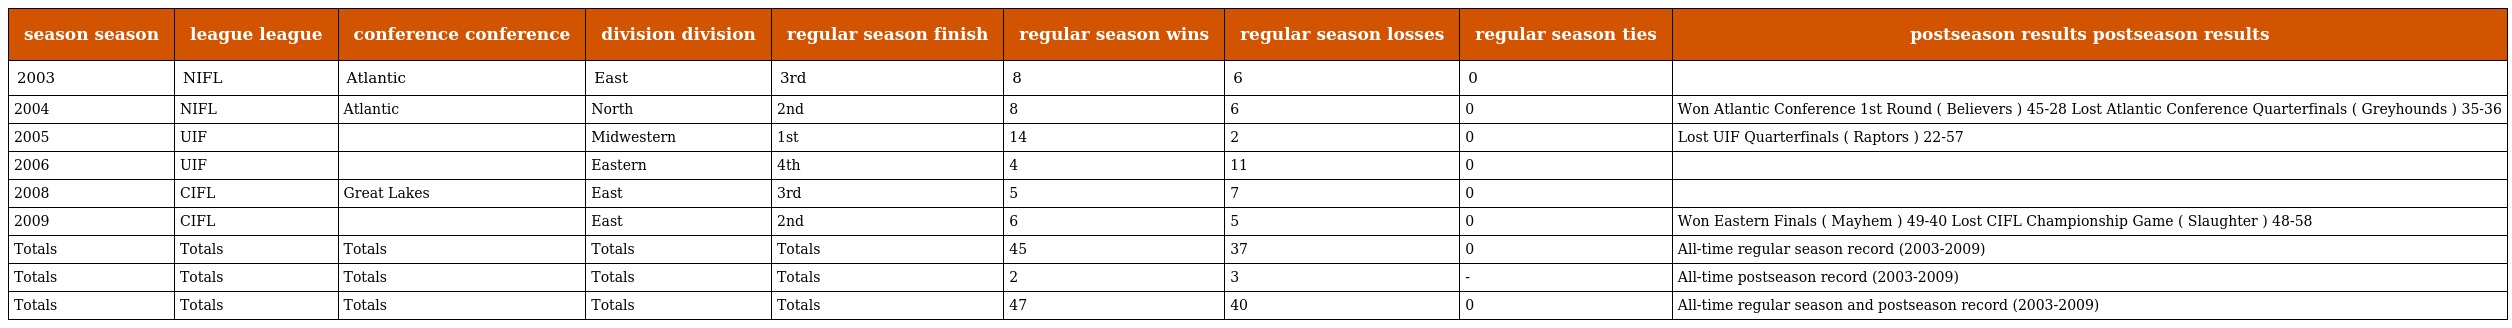
| season season | league league | conference conference | division division | regular season finish | regular season wins | regular season losses | regular season ties | postseason results postseason results |
 | --- | --- | --- | --- | --- | --- | --- | --- | --- |
 | 2003 | NIFL | Atlantic | East | 3rd | 8 | 6 | 0 |  |
 | 2004 | NIFL | Atlantic | North | 2nd | 8 | 6 | 0 | Won Atlantic Conference 1st Round ( Believers ) 45-28 Lost Atlantic Conference Quarterfinals ( Greyhounds ) 35-36 |
 | 2005 | UIF |  | Midwestern | 1st | 14 | 2 | 0 | Lost UIF Quarterfinals ( Raptors ) 22-57 |
 | 2006 | UIF |  | Eastern | 4th | 4 | 11 | 0 |  |
 | 2008 | CIFL | Great Lakes | East | 3rd | 5 | 7 | 0 |  |
 | 2009 | CIFL |  | East | 2nd | 6 | 5 | 0 | Won Eastern Finals ( Mayhem ) 49-40 Lost CIFL Championship Game ( Slaughter ) 48-58 |
 | Totals | Totals | Totals | Totals | Totals | 45 | 37 | 0 | All-time regular season record (2003-2009) |
 | Totals | Totals | Totals | Totals | Totals | 2 | 3 | - | All-time postseason record (2003-2009) |
 | Totals | Totals | Totals | Totals | Totals | 47 | 40 | 0 | All-time regular season and postseason record (2003-2009) |